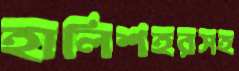
হালিশহরসহ